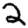
Digit: 2